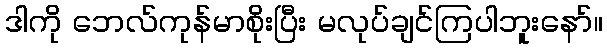
ဒါကို ဘေလ်ကုန်မာစိုးပြီး မလုပ်ချင်ကြပါဘူးနော်။